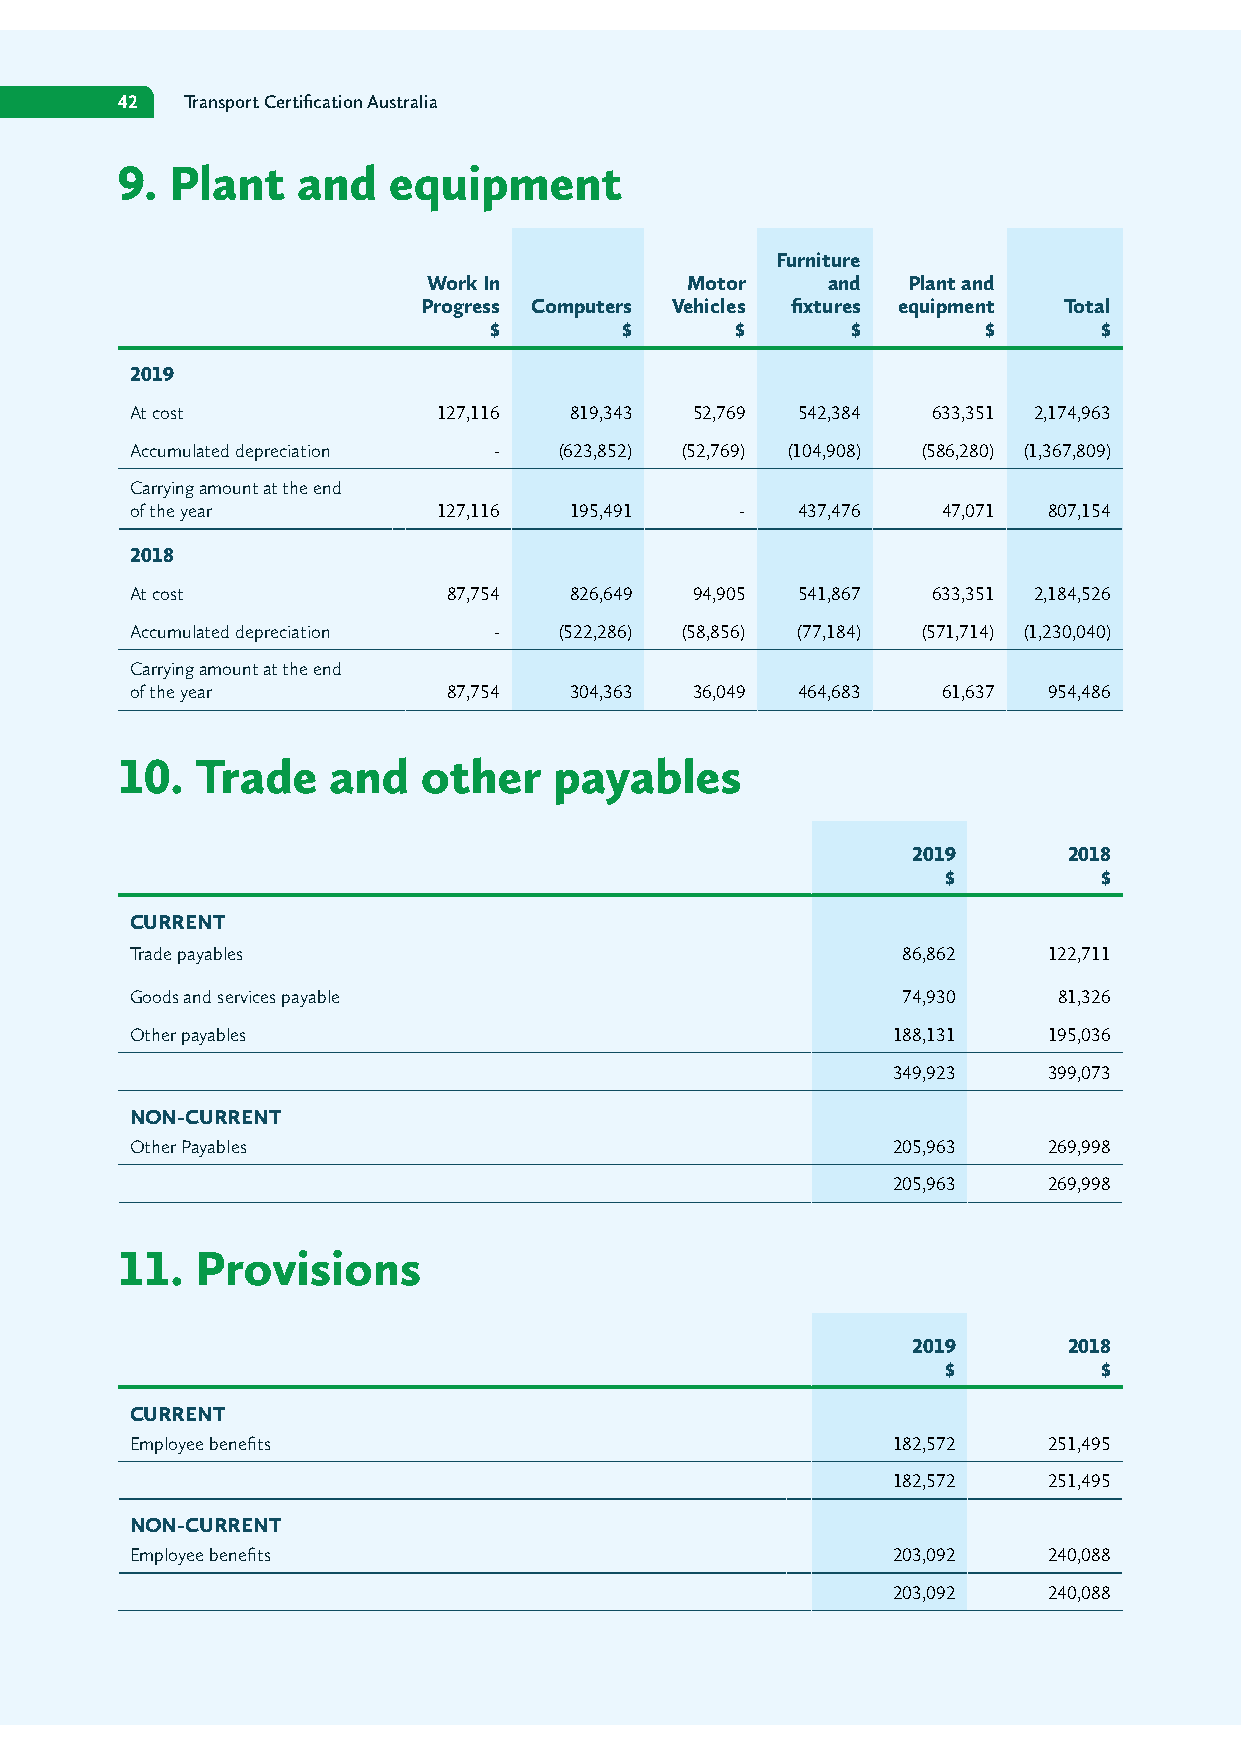
42  Transport Certification Australia
 9. Plant    and   equipment
 Furniture
 Work In          Motor     and  Plant and
 Progress Computers Vehicles fixtures equipment Total
 $        $       $      $        $       $
 2019
 At cost             127,116  819,343 52,769 542,384  633,351 2,174,963
 Accumulated depreciation -  (623,852) (52,769) (104,908) (586,280) (1,367,809)
 Carrying amount at the end
 of the year         127,116  195,491    -   437,476  47,071 807,154
 2018
 At cost              87,754  826,649 94,905 541,867  633,351 2,184,526
 Accumulated depreciation -  (522,286) (58,856) (77,184) (571,714) (1,230,040)
 Carrying amount at the end
 of the year          87,754  304,363 36,049 464,683  61,637 954,486
 10.  Trade    and   other    payables
 2019       2018
 $         $
 CURRENT
 Trade payables                                     86,862   122,711
 Goods and services payable                         74,930    81,326
 Other payables                                    188,131   195,036
 349,923   399,073
 NON-CURRENT
 Other Payables                                    205,963   269,998
 205,963   269,998
 11.  Provisions
 2019       2018
 $         $
 CURRENT
 Employee benefits                                 182,572   251,495
 182,572   251,495
 NON-CURRENT
 Employee benefits                                 203,092   240,088
 203,092   240,088